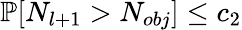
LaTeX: \mathbb{P}[N_{l+1}>N_{obj}]\le c_{2}